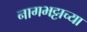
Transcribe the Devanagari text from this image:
नागभट्टाच्या